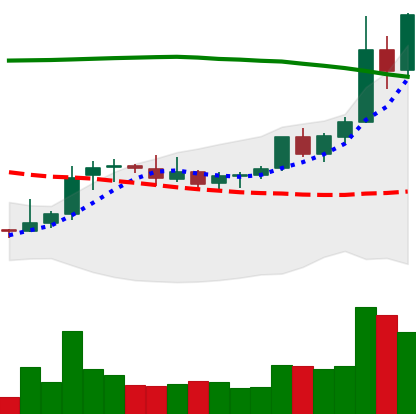
Ticker: XRP-USD
Chart end date: 2021-08-13
Forward return: 5.15%
Label: up_5_7